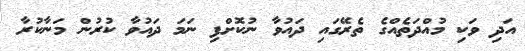
އަދި ވަކި މުއްދަތެއްގެ ތެރޭގައި ދައުވާ ނުކޮށްފި ނަމަ ދައުވާ ކުރުން މަނާކުރާ